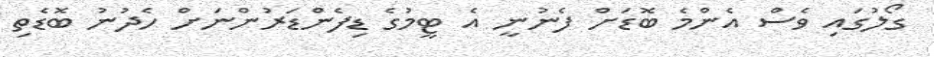
ގޯލުގައި ވެސް އެންމެ ބޮޑަށް ފެނުނީ އެ ޓީމުގެ ޑިފެންޑަރުންނަށް ހެދުނު ބޮޑެތި